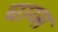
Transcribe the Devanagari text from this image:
चाय्स